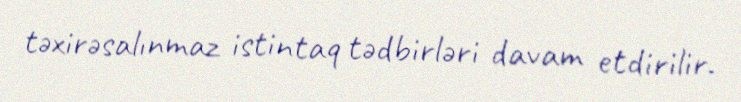
təxirəsalınmaz istintaq tədbirləri davam etdirilir.